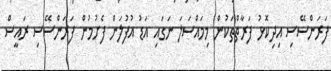
ފަރަންސޭސި އިދިކޮޅު ފަރާތްތަކުން މިމައްސަލަ ނަގައި އަޑު އުފުލަން ފެށުމުން ފަރަންސޭސި ރައީސް